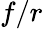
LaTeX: f/r